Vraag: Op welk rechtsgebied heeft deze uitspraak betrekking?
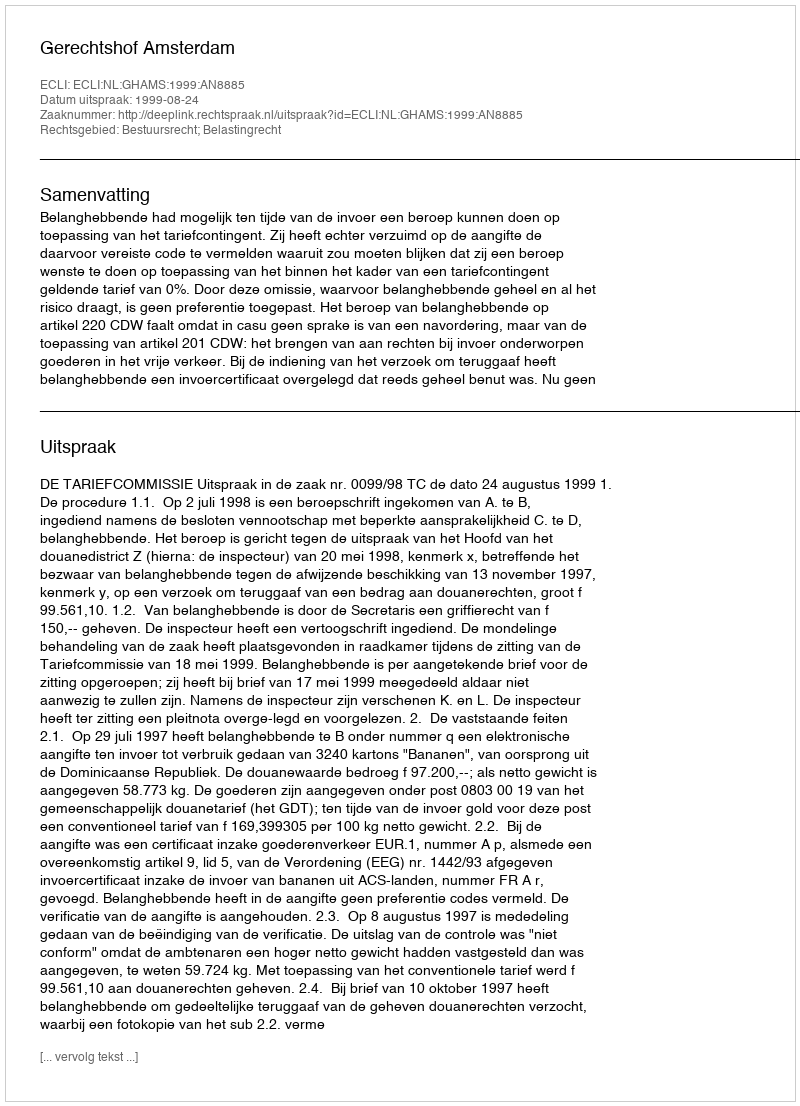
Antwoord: Bestuursrecht; Belastingrecht